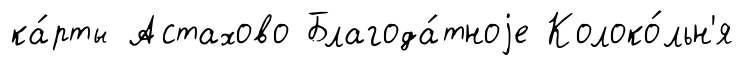
ка́рты Астахово Благода́тноjе Колоко́льн'я